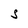
Character: S